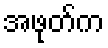
အဖုတ်က